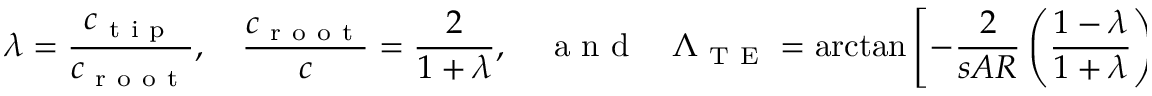
\lambda = \frac { c _ { \mathrm { ~ t ~ i ~ p ~ } } } { c _ { \mathrm { ~ r ~ o ~ o ~ t ~ } } } , \quad \frac { c _ { \mathrm { ~ r ~ o ~ o ~ t ~ } } } { c } = \frac { 2 } { 1 + \lambda } , \quad \mathrm { ~ a ~ n ~ d ~ } \quad \Lambda _ { \mathrm { ~ T ~ E ~ } } = \arctan \left[ - \frac { 2 } { s A R } \left( \frac { 1 - \lambda } { 1 + \lambda } \right) + \tan { ( \Lambda _ { \mathrm { ~ L ~ E ~ } } ) } \right] \mathrm { ~ . ~ }